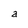
Character: a